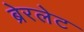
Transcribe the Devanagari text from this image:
ब्रेरलेट